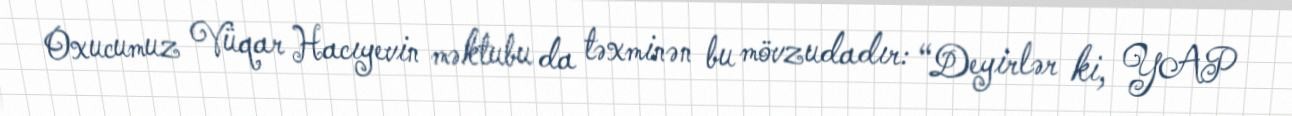
Oxucumuz Vüqar Hacıyevin məktubu da təxminən bu mövzudadır: “Deyirlər ki, YAP